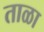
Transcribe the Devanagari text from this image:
ताळा